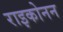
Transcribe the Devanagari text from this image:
राइकोनन